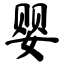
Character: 婴